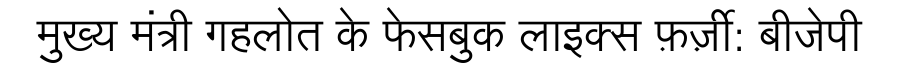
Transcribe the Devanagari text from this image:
मुख्य मंत्री गहलोत के फेसबुक लाइक्स फ़र्ज़ी: बीजेपी